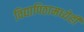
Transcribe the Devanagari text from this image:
विद्यापिठामध्येही